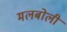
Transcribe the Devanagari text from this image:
मलबोली